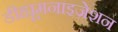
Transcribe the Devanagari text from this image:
डीह्यूमनाइज़ेशन